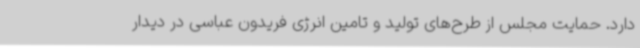
دارد. حمایت مجلس از طرح‌های تولید و تامین انرژی فریدون عباسی در دیدار